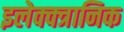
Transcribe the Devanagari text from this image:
इलेक्क्त्रानिक